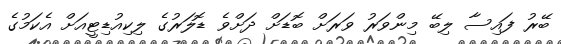
ބޭރު ފައިސާ ލިބޭ މިންވަރު ވަރަށް ބޮޑަށް ދަށްވެ ޑޮލަރުގެ ލިކިއުޑިޓީއަށް އެކަމުގެ